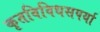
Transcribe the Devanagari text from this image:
कृतविविधसपर्या